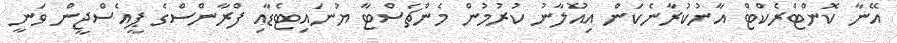
އޭނާ ކޮންޓްރެކްޓް އާނުކުރާނެކަން އިއުލާނު ކުރުމުން މެންޗެސްޓާ ޔުނައިޓެޑާއި ފްރާންސްގެ ޕީއެސްޖީން ވަނީ